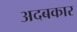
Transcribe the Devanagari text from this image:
अदबकार